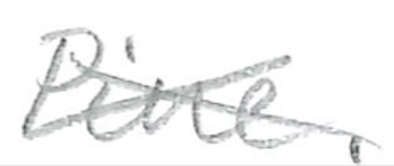
Text: Pine.
Cross-out: cross
Writing tool: pencil